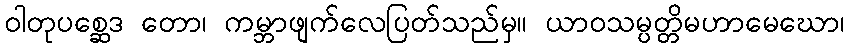
ဝါတုပစ္ဆေဒ တော၊ ကမ္ဘာဖျက်လေပြတ်သည်မှ။ ယာဝသမ္ပတ္တိမဟာမေဃော၊